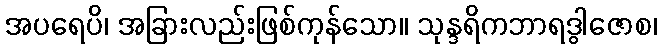
အပရေပိ၊ အခြားလည်းဖြစ်ကုန်သော။ သုန္ဒရိကဘာရဒွါဇောစ၊